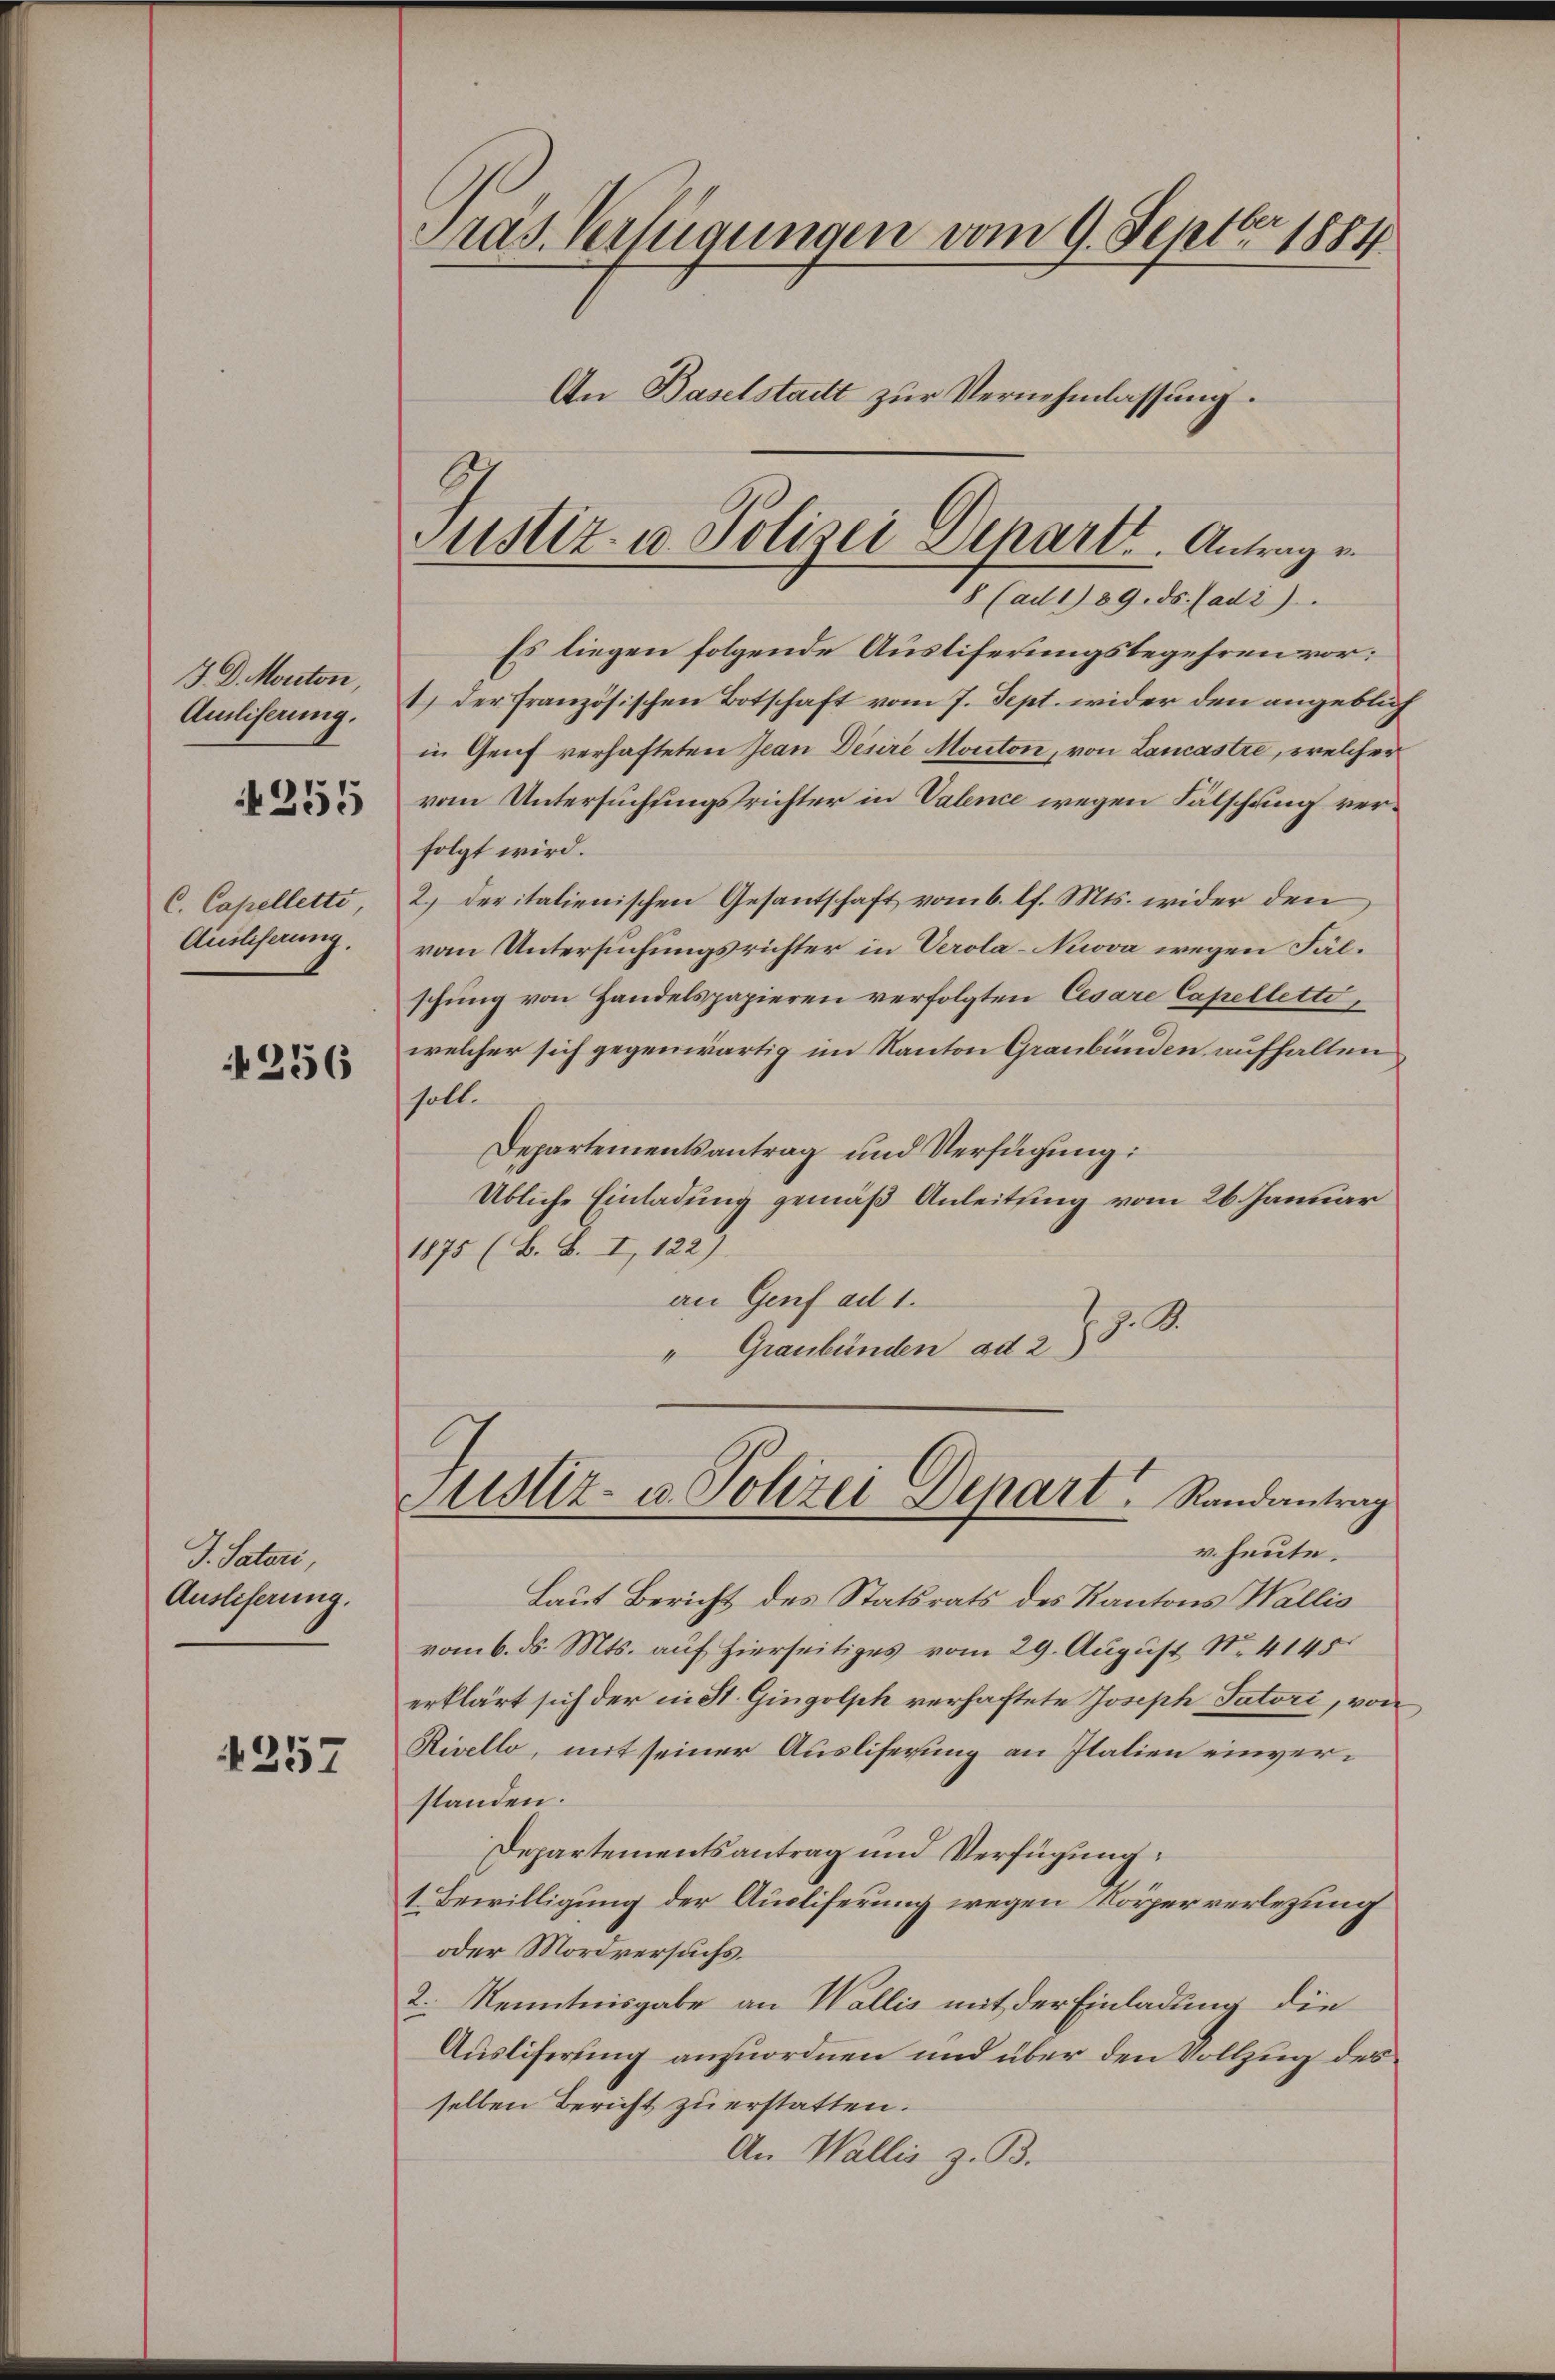
3 D. Monton,
Amliserung.
C. Capellette
Ausliserung.

255

256

G. Saturi,
Auslieferung.

4257

Pras. Verfügungen vom 9. Septbr. 1884
An Baselstadt zur Vernehmlassung.

Es liegen folgende Austiferungsbegehren vor:
1.) Der französischen Botschaft vom 7. Sept. wider den angeblich
in Genf verhafteten Jean Desire Mouton, von Lancastre, welcher
vom Untersuchungsrichter in Valence wegen Fälschung verfolgt wird.
2.) Der italienischen Gesantschaft vom 6. l. Mts. wider den
vom Untersuchungsrichter in Verola-Nuova wegen Fälschung von Handelspapieren verfolgten Cesare Capelletti,
welcher sich gegenwärtig im Kanton Graubünden aufhalten
soll.
Departementsantrag und Verfügung:
Übliche Einladung gemäß Anleitung vom 26. Januar
1875 (B. B. I, 122).
an Genf ad 1.
" Graubünden ad 288. B.
Justiz- u. Polizei Depart Randantrag
v. heute.
Laut Bericht des Statsrats des Kantons Wallis
vom 6. ds. Mts. auf hierseitiges vom 29. August No. 4145
erklärt sich der in St. Gingolph verhaftete Joseph Tutori, von
Rivello, mit seiner Ausliferung an Italien einverstanden.
Departementsantrag und Verfügung
1 Bewilligung der Ausliferung wegen Körperverlegung
oder Mordversuchs.
2. Kenntnisgabe an Wallis mit der Einladung die
Ausliferung anzuordnen und über den Vollzug des
selben Bericht zu erstatten.
An Wallis z. B.

Justiz- u. Polizei Departt. Antrag e
8 (ad 1) 89. ds. Cadi).